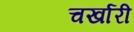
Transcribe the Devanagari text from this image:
चर्खारी